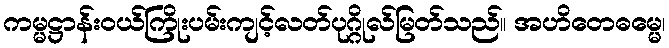
ကမ္မဋ္ဌာန်းဝယ်ကြိုးပမ်းကျင့်လတ်ပုဂ္ဂိုလ်မြတ်သည်။ အဟိတေဓမ္မေ၊